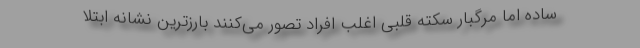
ساده اما مرگبار سکته قلبی اغلب افراد تصور می‌کنند بارزترین نشانه ابتلا